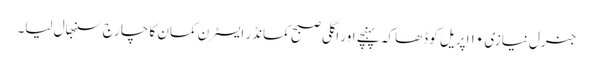
جنرل نیازی ۱۰ اپریل کو ڈھاکہ پہنچے اور اگلی صبح کمانڈر ایسٹرن کمان کا چارج سنبھال لیا۔